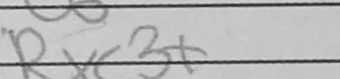
Transcription: Rxc3+